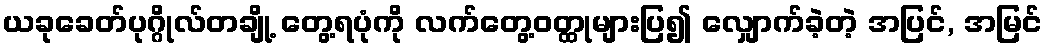
ယခုခေတ်ပုဂ္ဂိုလ်တချို့ တွေ့ရပုံကို လက်တွေ့ဝတ္ထုများပြ၍ လျှောက်ခဲ့တဲ့ အပြင်, အမြင်